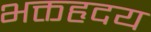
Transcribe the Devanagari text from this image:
भक्तहृदय